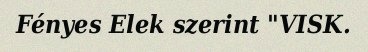
Fényes Elek szerint "VISK.